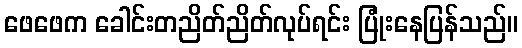
ဖေဖေက ခေါင်းတညိတ်ညိတ်လုပ်ရင်း ပြုံးနေပြန်သည်။